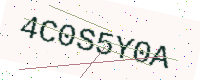
Text: 4C0S5Y0A